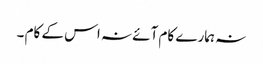
نہ ہمارے کام آئے نہ اس کے کام ۔